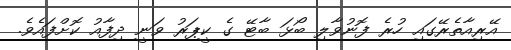
އޭރިއާތެރޭގައި ހުރެ ފޮނުވާލި ބޯޅަ ބާޓޭ ގެ ކީޕަރު ވަނީ ދިފާއު ކޮށްފައެވެ.